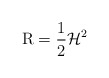
\begin{align*}\operatorname{R}=\frac{1}{2}\mathcal{H}^2\end{align*}